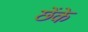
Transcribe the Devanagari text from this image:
छेंके